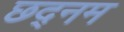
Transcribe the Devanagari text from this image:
छद्नम